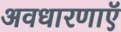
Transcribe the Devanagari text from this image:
अवधारणाएॅ